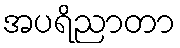
အပရိညာတာ